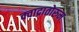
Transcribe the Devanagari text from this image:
क्वाद्रातोरुम